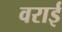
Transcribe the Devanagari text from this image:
वराई